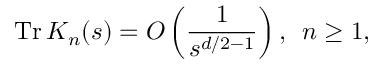
\mathrm { T r } \, K _ { n } ( s ) = O \left( \frac { 1 } { s ^ { d / 2 - 1 } } \right) , \, \, \, n \geq 1 ,